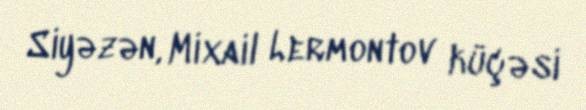
Siyəzən, Mixail Lermontov küçəsi